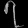
Digit: ၇